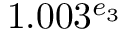
1 . 0 0 3 ^ { e _ { 3 } }